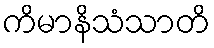
ကိမာနိသံသာတိ